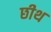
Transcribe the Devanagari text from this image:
छीथ